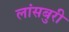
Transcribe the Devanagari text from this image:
लांसबुरी